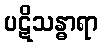
ပဋိသန္ဓာရာ